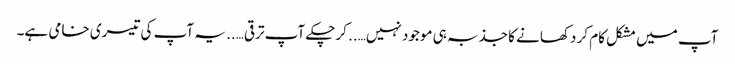
آپ میں مشکل کام کر دکھانے کا جذبہ ہی موجود نہیں….. کرچکے آپ ترقی….. یہ آپ کی تیسری خامی ہے۔